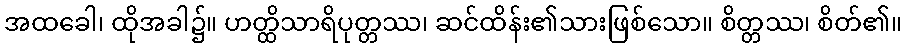
အထခေါ၊ ထိုအခါ၌။ ဟတ္ထိသာရိပုတ္တဿ၊ ဆင်ထိန်း၏သားဖြစ်သော။ စိတ္တဿ၊ စိတ်၏။